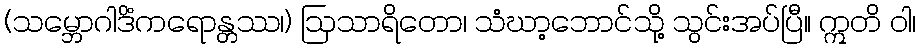
(သမ္ဘောဂါဒိံကရောန္တဿ၊) ဩသာရိတော၊ သံဃာ့ဘောင်သို့ သွင်းအပ်ပြီ။ ဣတိ ဝါ၊